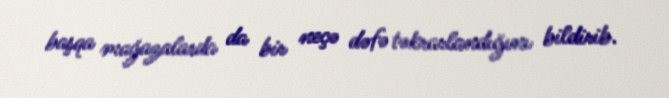
başqa mağazalarda da bir neçə dəfə təkrarlandığını bildirib.